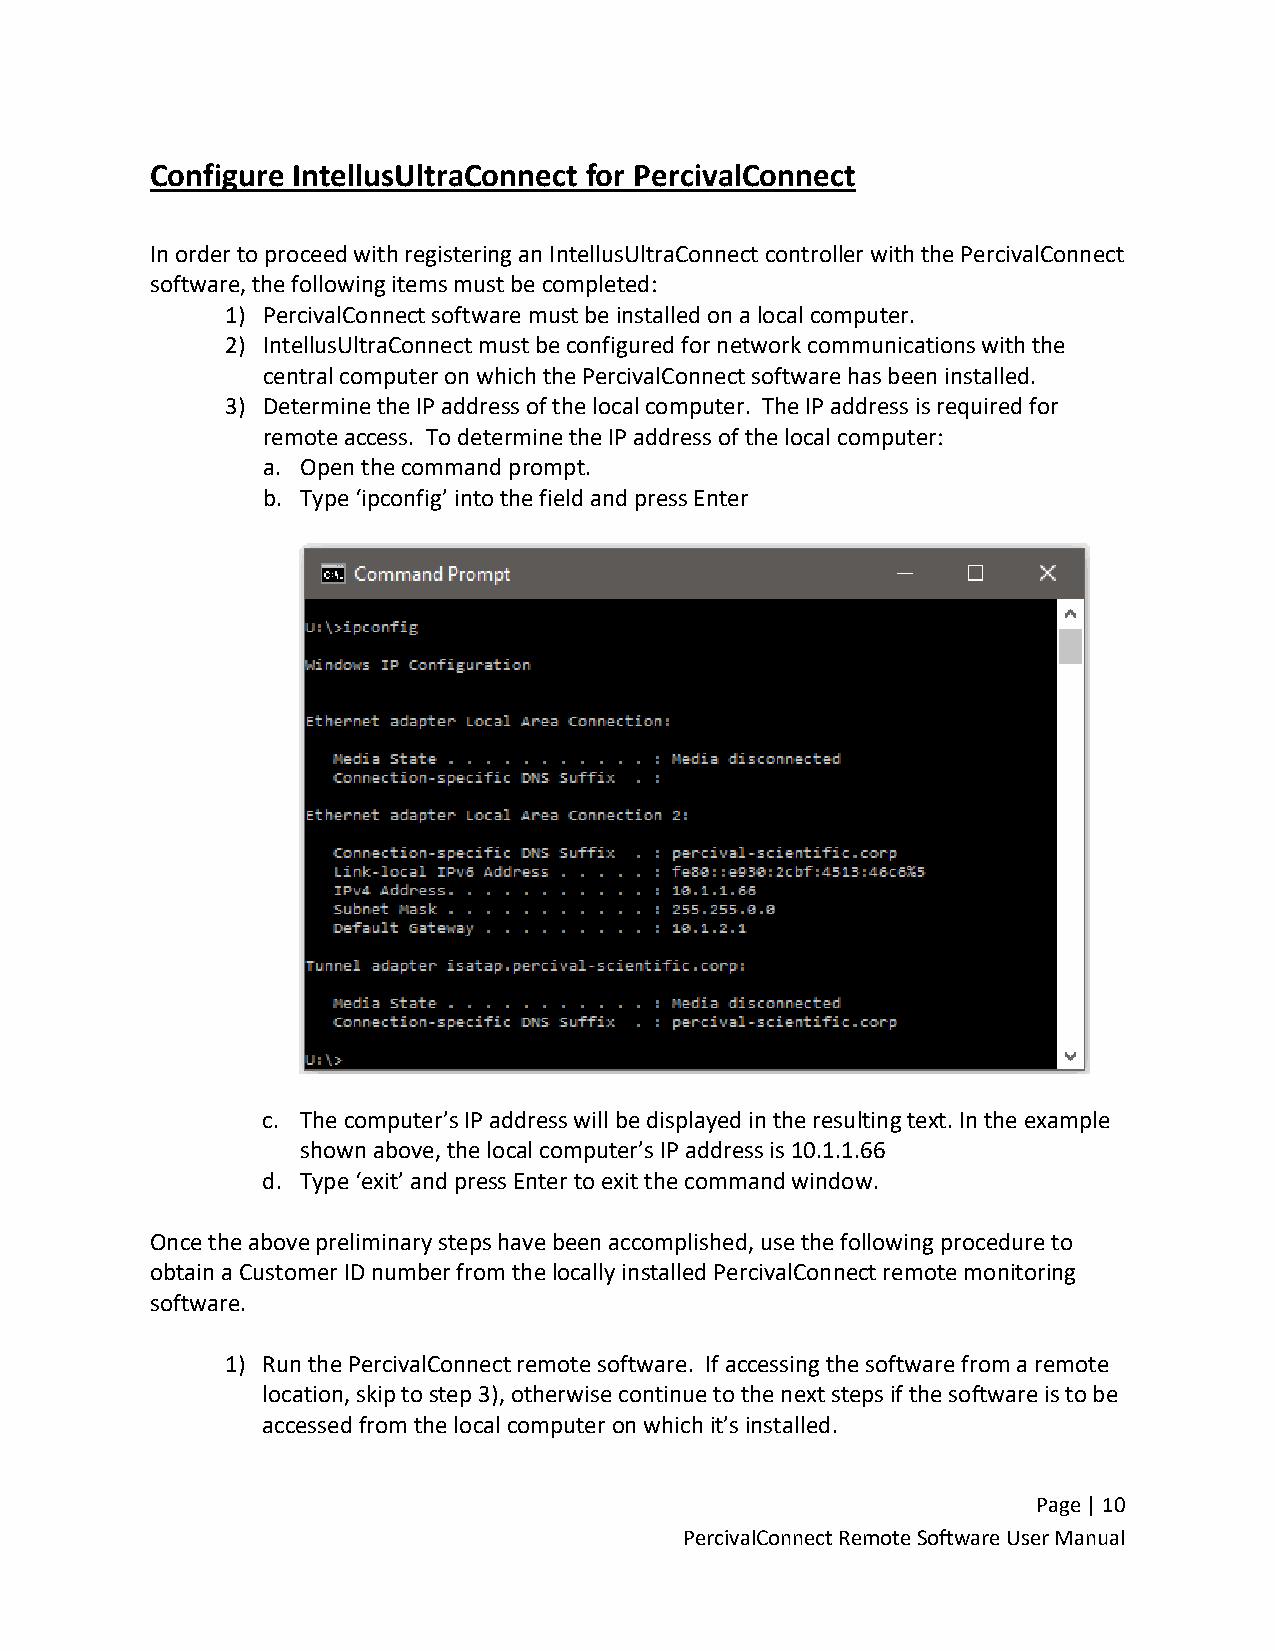
Configure IntellusUltraConnect for PercivalConnect
 In order to proceed with registering an IntellusUltraConnect controller with the PercivalConnect
 software, the following items must be completed:
 1) PercivalConnect software must be installed on a local computer.
 2) IntellusUltraConnect must be configured for network communications with the
 central computer on which the PercivalConnect software has been installed.
 3) Determine the IP address of the local computer. The IP address is required for
 remote access. To determine the IP address of the local computer:
 a. Open the command prompt.
 b. Type ‘ipconfig’ into the field and press Enter
 c. The computer’s IP address will be displayed in the resulting text. In the example
 shown above, the local computer’s IP address is 10.1.1.66
 d. Type ‘exit’ and press Enter to exit the command window.
 Once the above preliminary steps have been accomplished, use the following procedure to
 obtain a Customer ID number from the locally installed PercivalConnect remote monitoring
 software.
 1) Run the PercivalConnect remote software. If accessing the software from a remote
 location, skip to step 3), otherwise continue to the next steps if the software is to be
 accessed from the local computer on which it’s installed.
 Page | 10
 PercivalConnect Remote Software User Manual